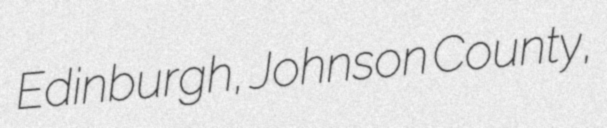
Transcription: Edinburgh, Johnson County,